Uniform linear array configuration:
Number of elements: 48
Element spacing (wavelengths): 0.75
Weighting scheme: cosine
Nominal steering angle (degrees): -15
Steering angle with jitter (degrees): -13.723
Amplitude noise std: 0.05
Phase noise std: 0.05

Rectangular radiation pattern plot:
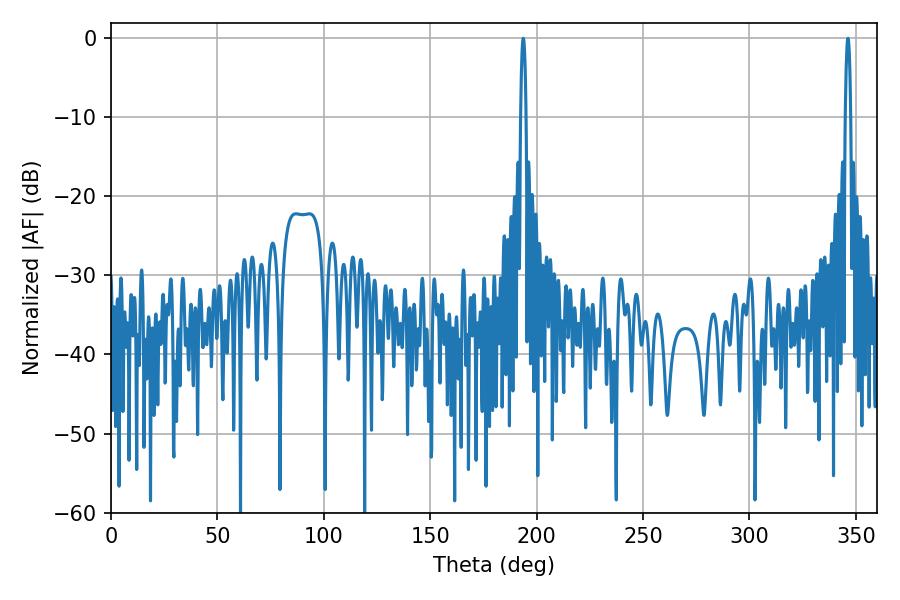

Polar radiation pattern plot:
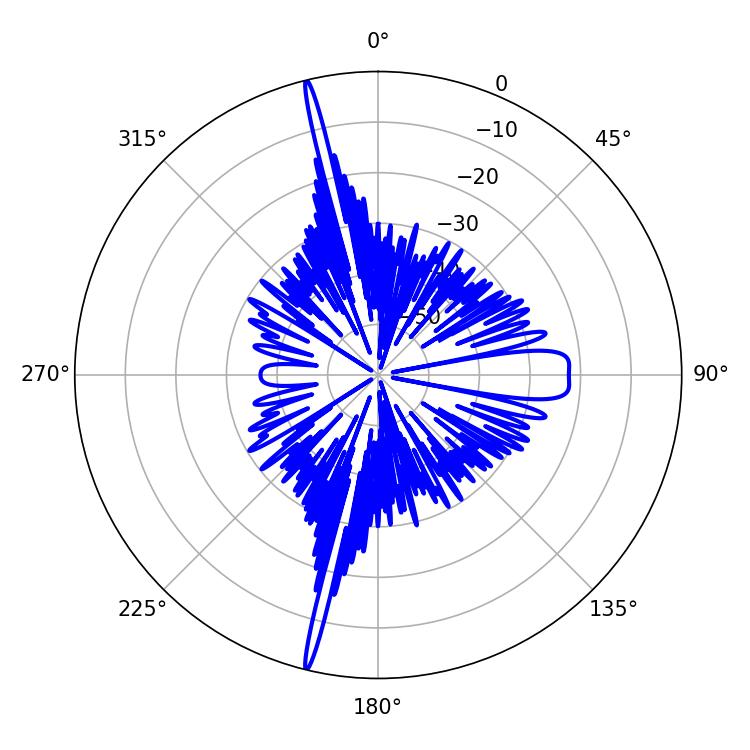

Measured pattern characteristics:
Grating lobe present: TRUE
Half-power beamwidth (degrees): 1.44
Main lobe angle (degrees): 193.68